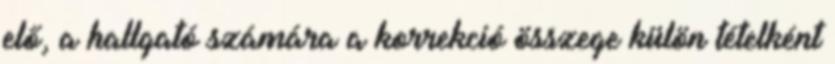
elő, a hallgató számára a korrekció összege külön tételként